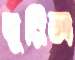
ঘুরিল